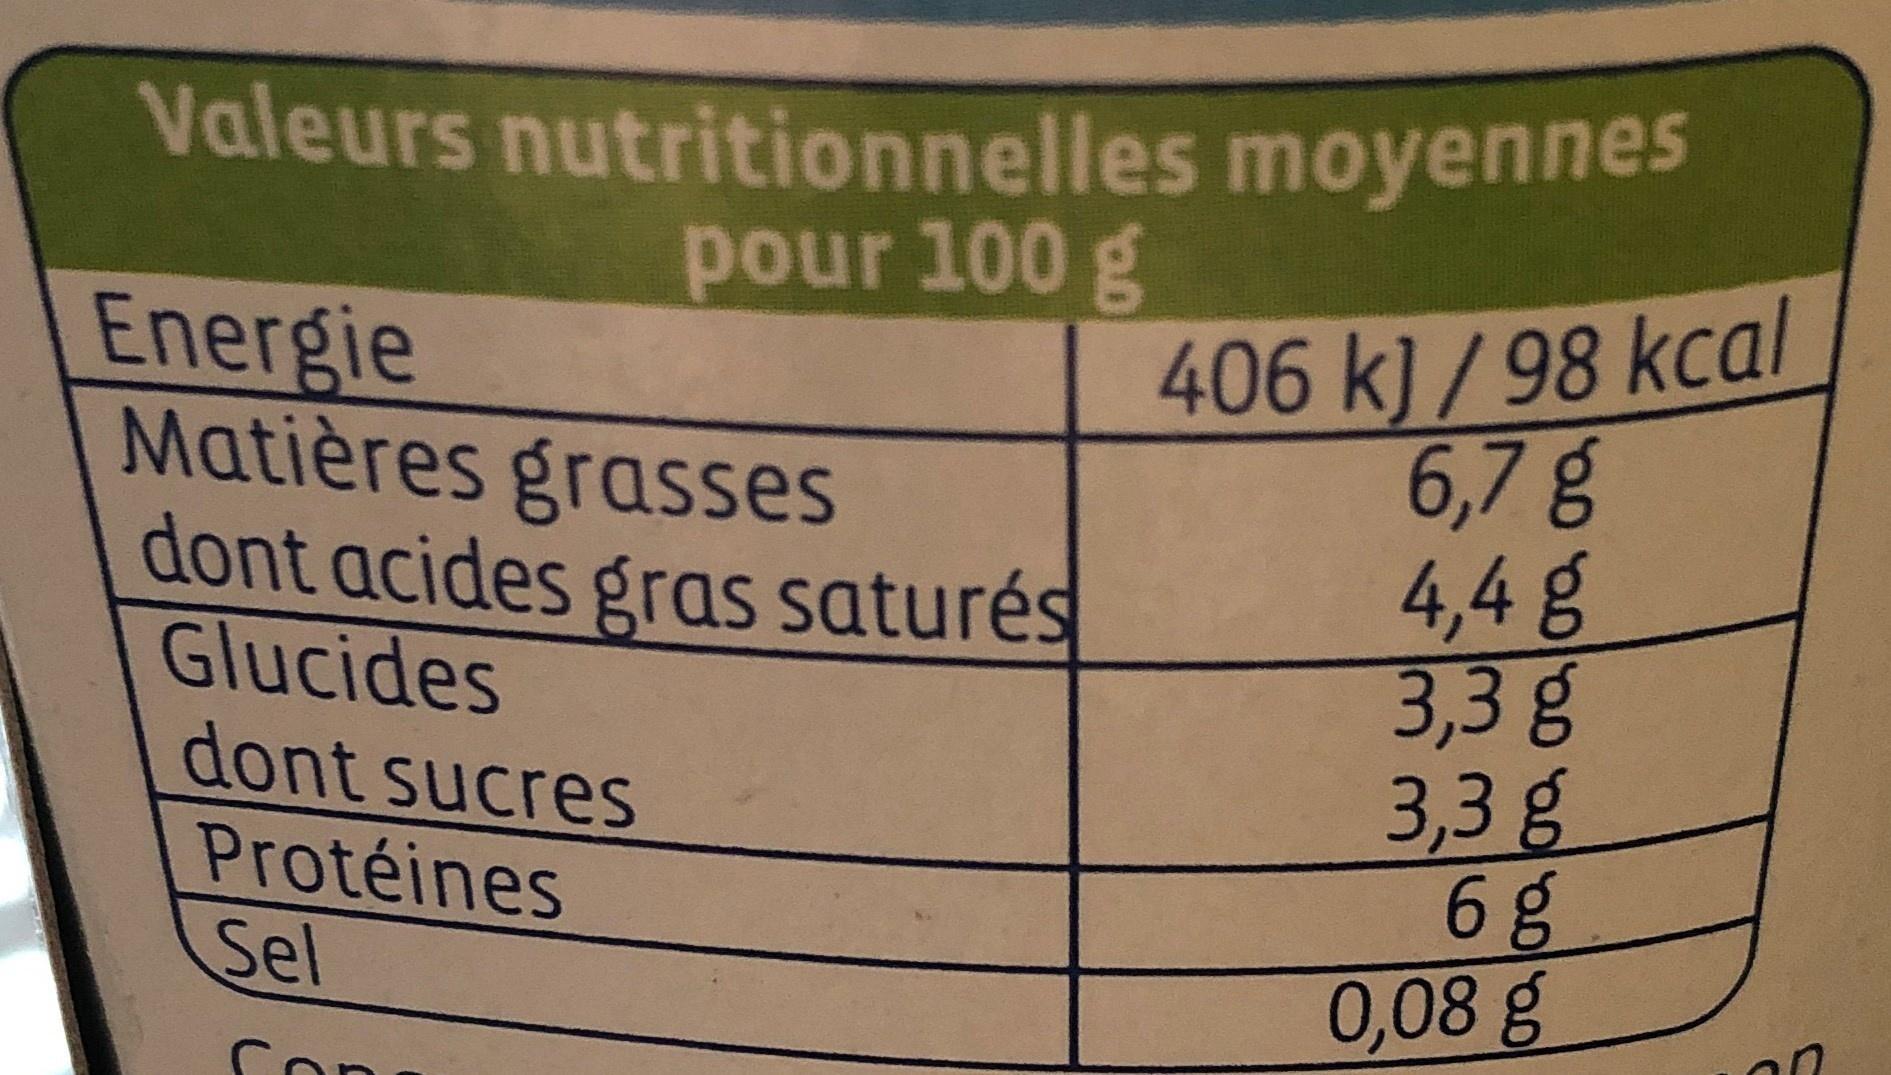
Valeurs nutritionnelles moyennes pour 100 g
Energie Matières grasses dont acides gras saturés Glucides dont sucres Protéines Sel
406 k]/98 kcal 6,7g 4,4 g 3,3 g 3,3 g 6 g 0,08g
Con